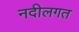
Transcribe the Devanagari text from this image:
नदीलगत